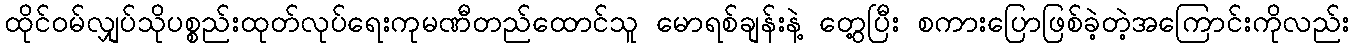
ထိုင်ဝမ်လျှပ်သိုပစ္စည်းထုတ်လုပ်ရေးကုမဏီတည်ထောင်သူ မောရစ်ချန်းနဲ့ တွေ့ပြီး စကားပြောဖြစ်ခဲ့တဲ့အကြောင်းကိုလည်း